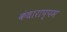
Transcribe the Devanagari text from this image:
कंधाराप्पम